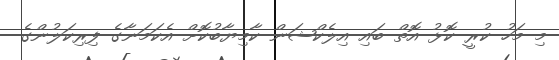
މި މަހު ކުރީ ކޮޅު އޮތް ބައި އިލެކްޝަން ކާމިޔާބުކޮށް އެކަމަނާގެ ފިރިކަލުންގެ